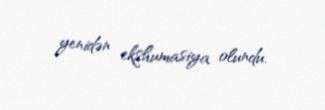
yenidən ekshumasiya olundu.